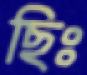
ছিঃ